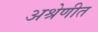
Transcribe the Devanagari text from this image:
अश्रेणीत